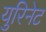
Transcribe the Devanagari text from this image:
युरिनेट